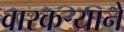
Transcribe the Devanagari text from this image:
वारकर्‍याने